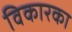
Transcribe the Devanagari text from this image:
विकारका